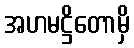
အဟမဋ္ဌိတောမှိ